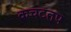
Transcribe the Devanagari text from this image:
कचटतप